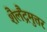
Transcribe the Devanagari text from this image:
शैलैंद्रमुत्तर